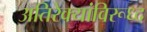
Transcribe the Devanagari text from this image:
अतिरेक्यांविरूध्द